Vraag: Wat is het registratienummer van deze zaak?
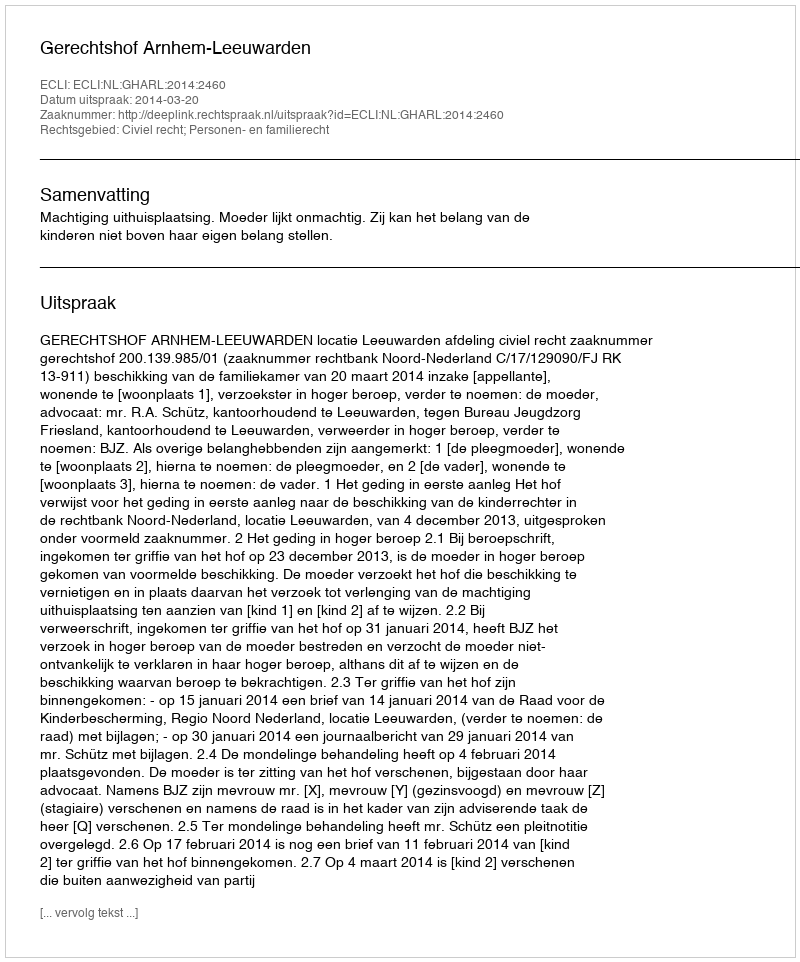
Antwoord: http://deeplink.rechtspraak.nl/uitspraak?id=ECLI:NL:GHARL:2014:2460